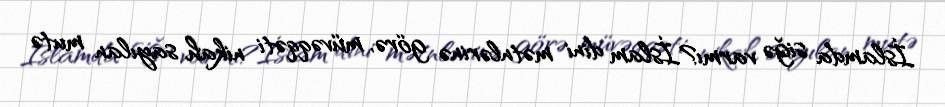
İslamda siğə varmı?İslam dini mətnlərinə görə, müvəqqəti nikah sayılan mutə